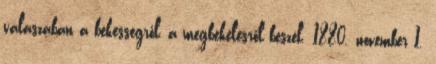
válaszában a békességről, a megbékélésről beszél. 1880. november 1.